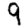
Digit: 9